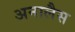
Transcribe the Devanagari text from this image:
अनालैस